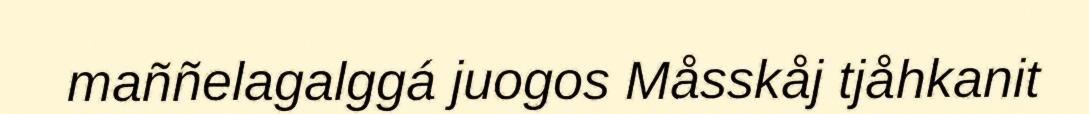
maññelagalggá juogos Måsskåj tjåhkanit